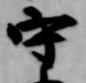
守